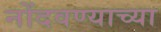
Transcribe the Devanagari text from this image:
नोंदवण्याच्या